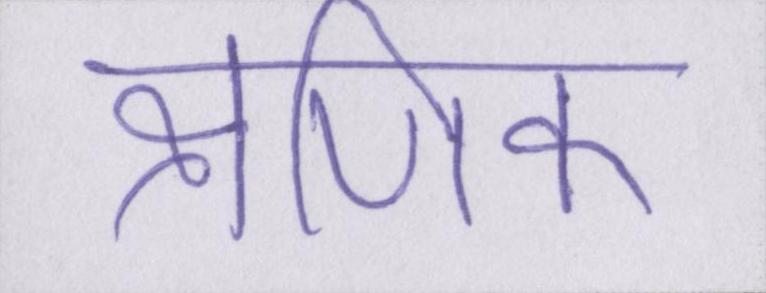
क्षणिक